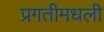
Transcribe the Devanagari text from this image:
प्रगतीमधली